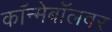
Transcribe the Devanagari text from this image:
कॉन्मेबॉलवर